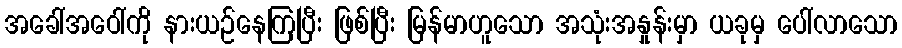
အခေါ်အဝေါ်ကို နားယဉ်နေကြပြီး ဖြစ်ပြီး မြန်မာဟူသော အသုံးအနှုန်းမှာ ယခုမှ ပေါ်လာသော